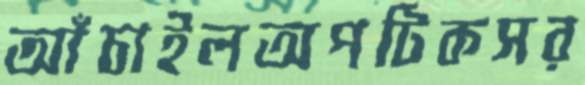
আঁচাইলঅপটিকসর